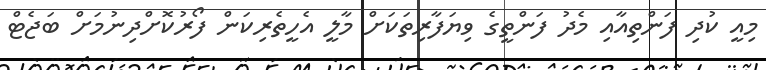
މިއީ ކުދި ފަންތިއާއި މެދު ފަންތީގެ ވިޔަފާރިތަކަށް މާލީ އެހީތެރިކަން ފޯރުކޮށްދިނުމަށް ބަޖެޓް